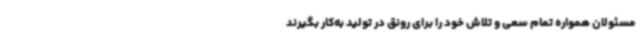
مسئولان همواره تمام سعی و تلاش خود را برای رونق در تولید به‌کار بگیرند